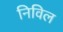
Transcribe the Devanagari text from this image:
निविल